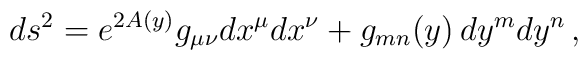
ds^2= e^{2A(y)}g_{\mu\nu}dx^\mu dx^\nu + g_{mn}(y)\, dy^m dy^n\,,